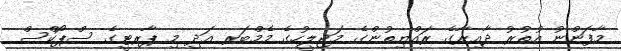
މާފަންނު އުތުރު ދާއިރާގެ ރައްޔިތުންގެ މަޖިލީހުގެ މެމްބަރ އަދި މި ޕާރޓީގެ ސްޕޯކްސް